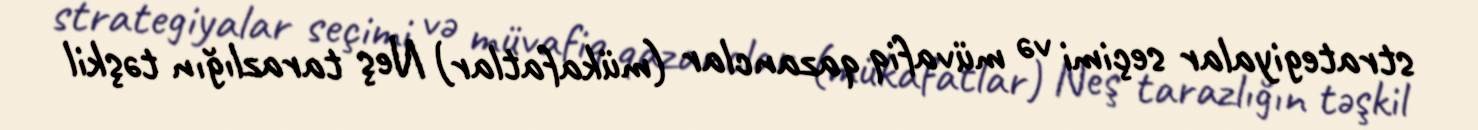
strategiyalar seçimi və müvafiq qazanclar (mükafatlar) Neş tarazlığın təşkil